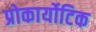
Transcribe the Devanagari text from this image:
प्रोकार्योटिक